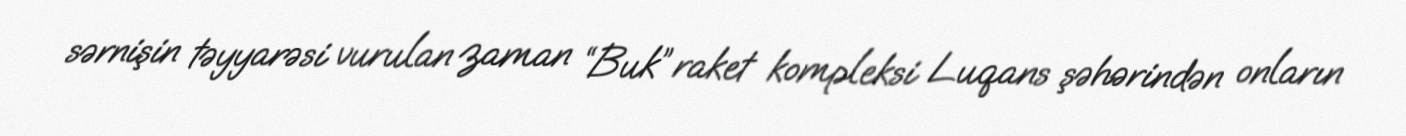
sərnişin təyyarəsi vurulan zaman “Buk” raket kompleksi Luqans şəhərindən onların